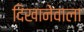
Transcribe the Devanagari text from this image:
दिखानेवाला